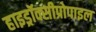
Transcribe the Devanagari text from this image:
हाइड्रॉक्सीप्रोपाइल